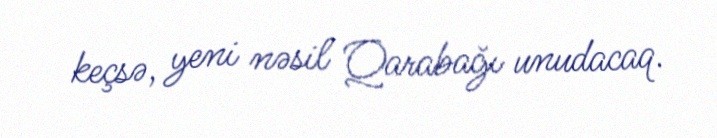
keçsə, yeni nəsil Qarabağı unudacaq.